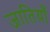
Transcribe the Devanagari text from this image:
जातिय़ाँ